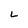
Character: L